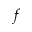
f